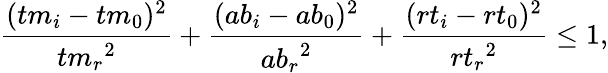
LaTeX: \frac{({tm}_{i}-{tm}_{0})^{2}}{{{tm}_{r}}^{2}}+\frac{({ab}_{i}-{ab}_{0})^{2}}{{{ab}_{r}}^{2}}+\frac{({rt}_{i}-{rt}_{0})^{2}}{{{rt}_{r}}^{2}}\leq 1,